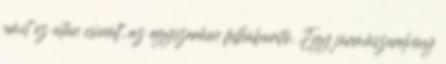
amit ez után csinált, az egyszerűen felháborító. Egy járműszerelvény